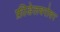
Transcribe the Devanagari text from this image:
फ्रीडेलबरोबर